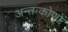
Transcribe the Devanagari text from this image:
अन्तःकोणों